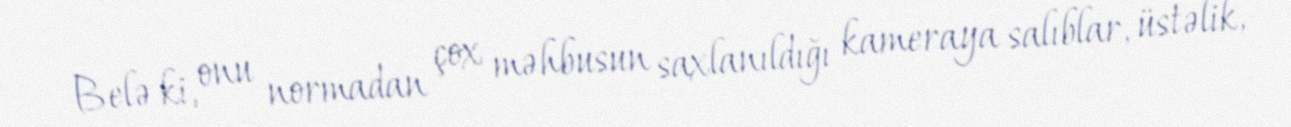
Belə ki, onu normadan çox məhbusun saxlanıldığı kameraya salıblar, üstəlik,